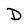
Character: D